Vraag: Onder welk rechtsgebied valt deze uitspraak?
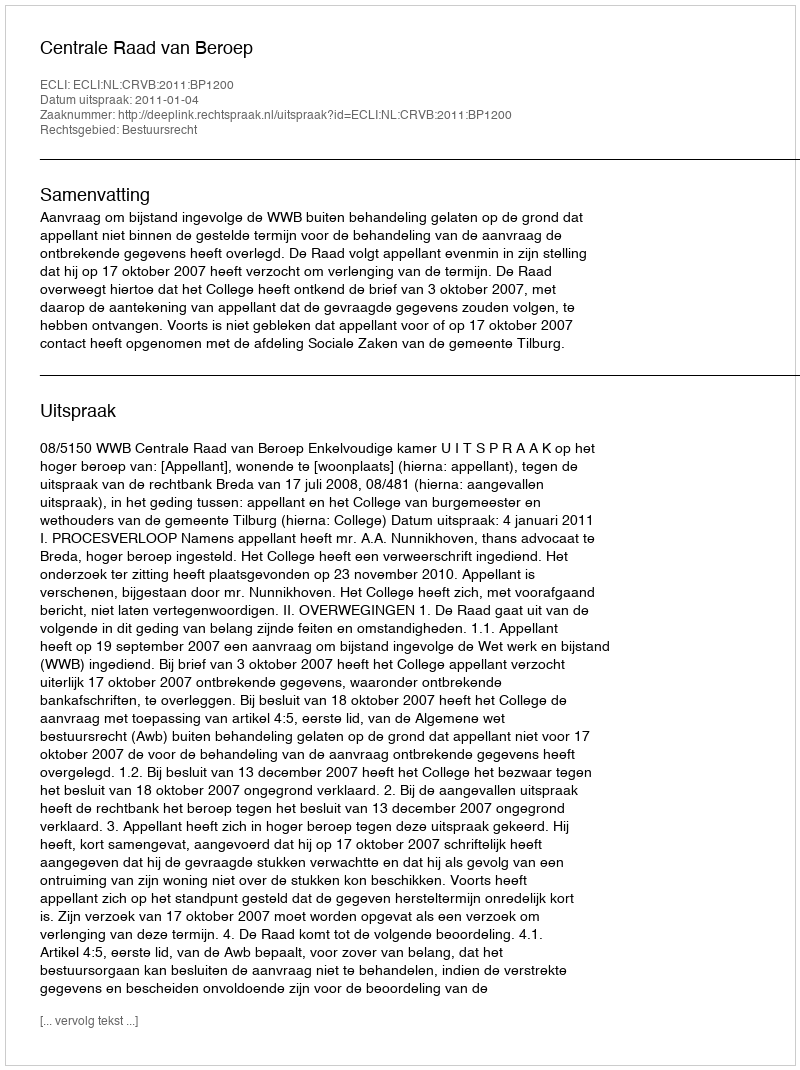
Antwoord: Bestuursrecht